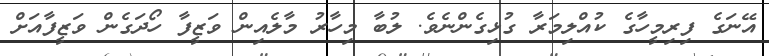
އޭނަގެ ފިރިމީހާގެ ކުއްލިމަރާ ގުޅިގެންނެވެ. ލުބާ މިހާރު މާލެއިން ވަޒީފާ ހޯދަގެން ވަޒީފާއަށް